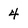
Character: 4